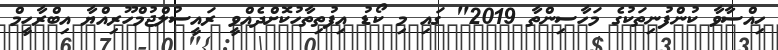
ހިއްސާވާ ކުންފުނިތަކުގެ މަހާސިންތާ 2019" ގައި މި ކޯޑު އިފުތިތާހުކޮށްދެއްވީ ރައީސުލްޖުމްހޫރިއްޔާ އިބްރާހީމް